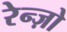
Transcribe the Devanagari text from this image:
रेन्ज़ो